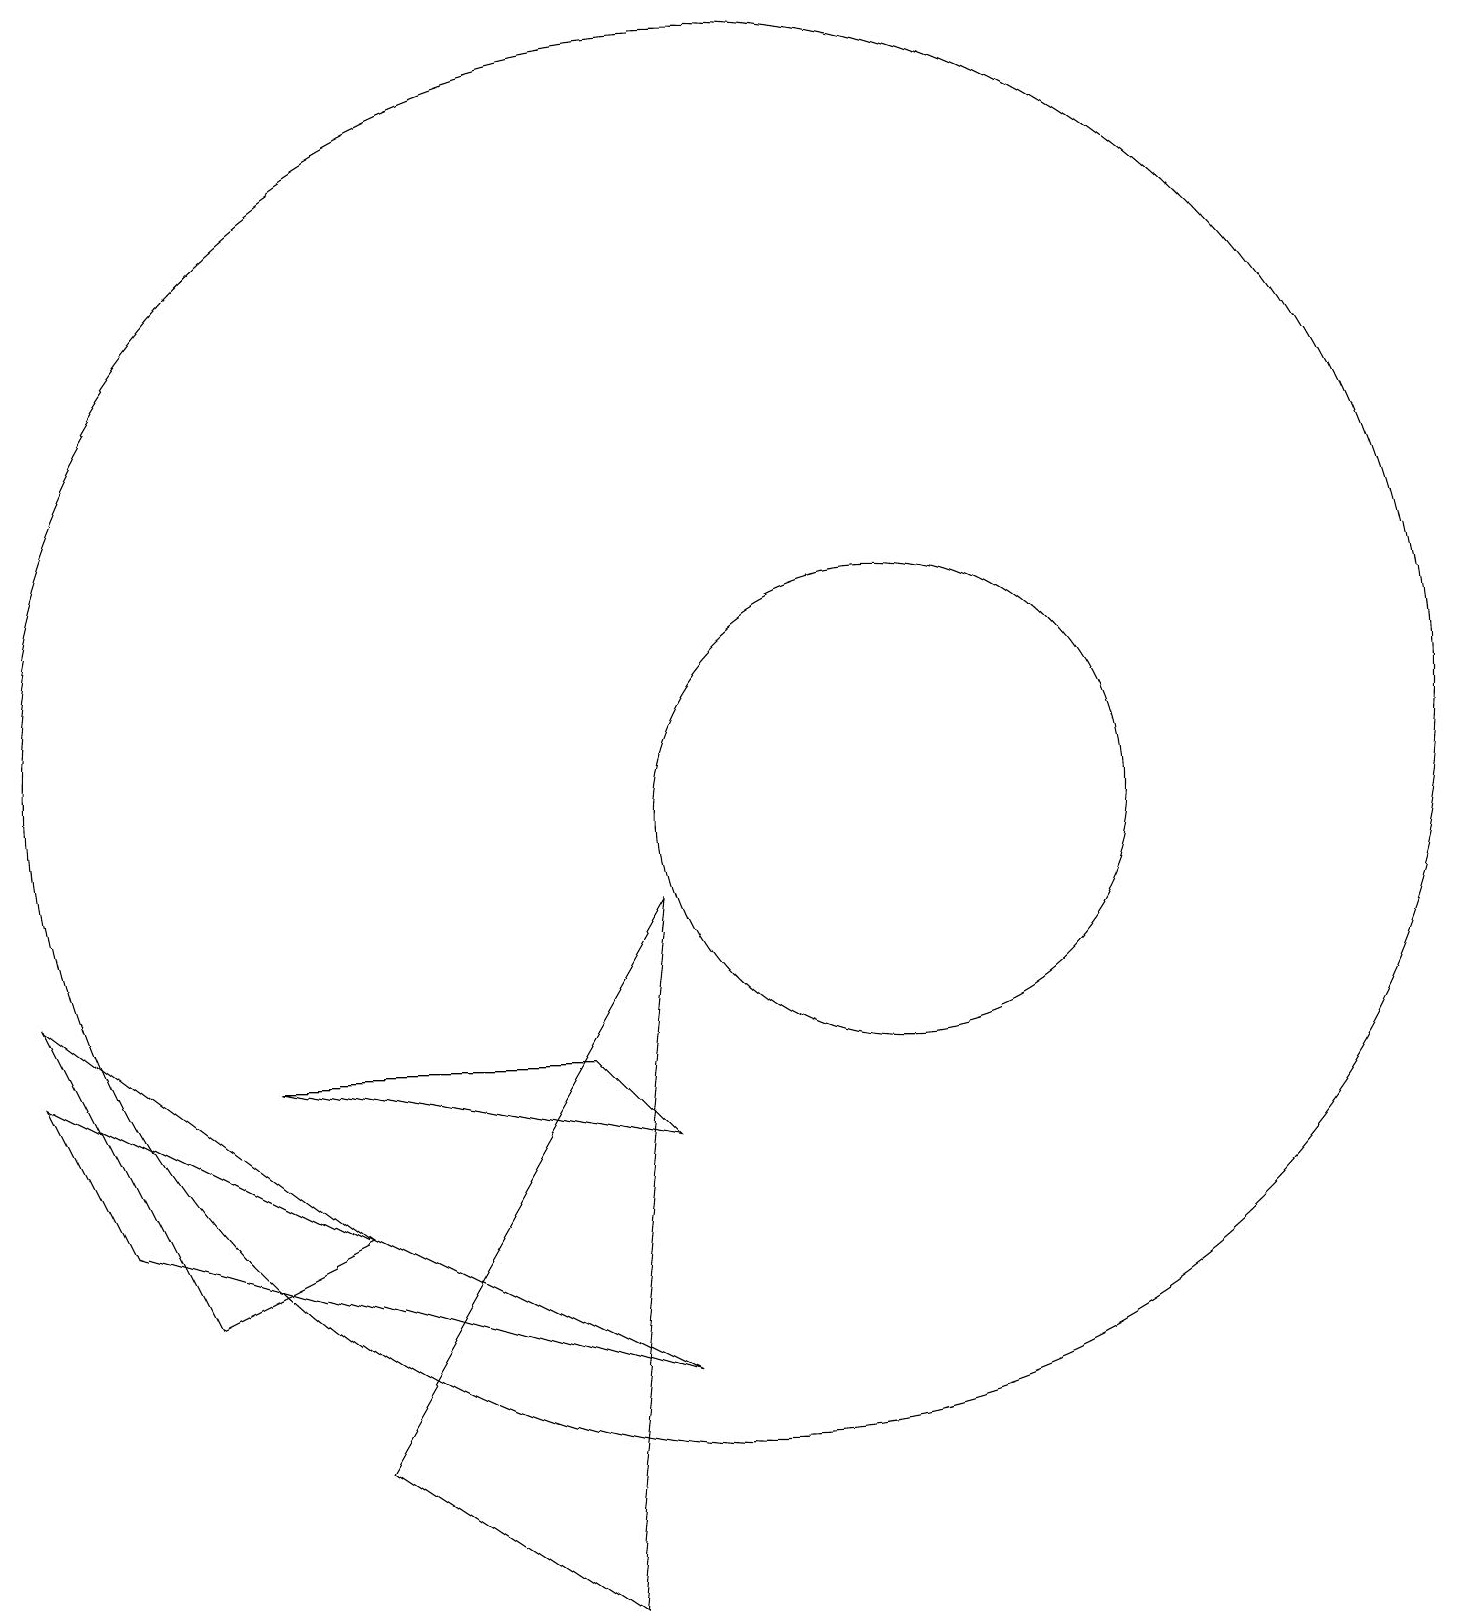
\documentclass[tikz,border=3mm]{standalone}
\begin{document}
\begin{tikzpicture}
\draw (12,10) circle (3);
\draw (1,7) -- (2,5) -- (9,3) -- cycle;
\draw (5,5) -- (3,4) -- (1,8) -- cycle;
\draw (5,2) -- (9,9) -- (8,0) -- cycle;
\draw (10,11) circle (9);
\draw (9,6) -- (8,7) -- (4,7) -- cycle;
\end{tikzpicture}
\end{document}